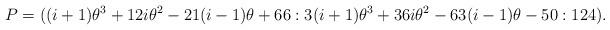
LaTeX: \begin{align*} P = ( (i + 1) \theta^3 + 12 i \theta^2 -21 (i-1) \theta + 66 : 3(i + 1) \theta^3 + 36i\theta^2 -63 (i-1) \theta - 50 : 124 ) .\end{align*}